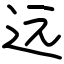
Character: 远